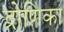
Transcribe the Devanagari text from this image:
द्रोणिका